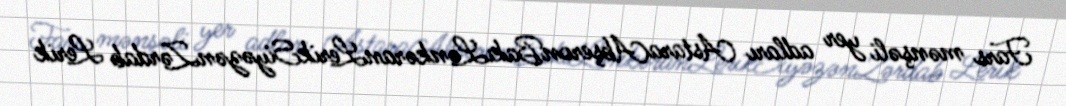
Fars mənşəli yer adları AstaraAbşeronBakıLənkəranLerikSiyəzənZərdab Lerik